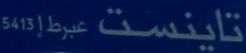
5413 عبرط تاين